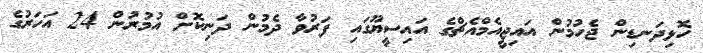
ހޮޅިދަނޑިން ޖެހުމުން އައިޖީއެމްއެޗްގެ އައިސީޔޫގައި ފަރުވާ ދެމުން ދަނިކޮށް އުމުރުން 24 އަހަރުގެ